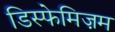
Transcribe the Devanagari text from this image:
डिस्फेमिज़म